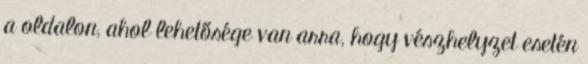
a oldalon, ahol lehetősége van arra, hogy vészhelyzet esetén